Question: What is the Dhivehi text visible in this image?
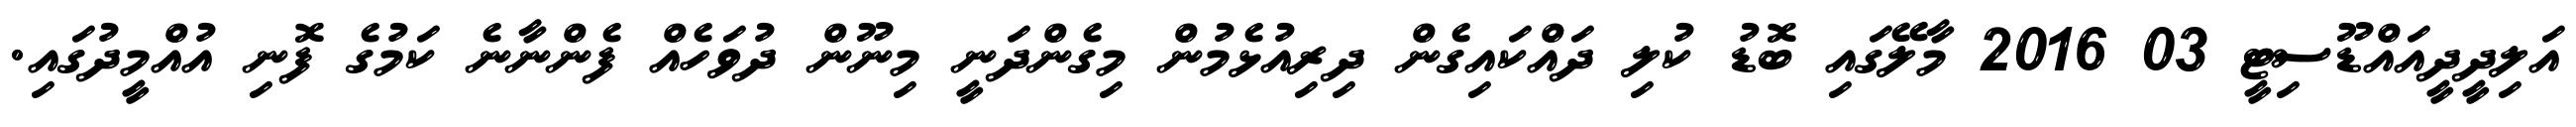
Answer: އަލިދީދީއައްޑޫސިޓީ 03 2016 މާލޭގައި ބޮޑު ކުލި ދައްކައިގެން ދިރިއުޅެމުން މިގެންދަނީ މިނޫން ދުވަހެއް ފެންނާނެ ކަމުގެ ފޮނި އުއްމީދުގައި.